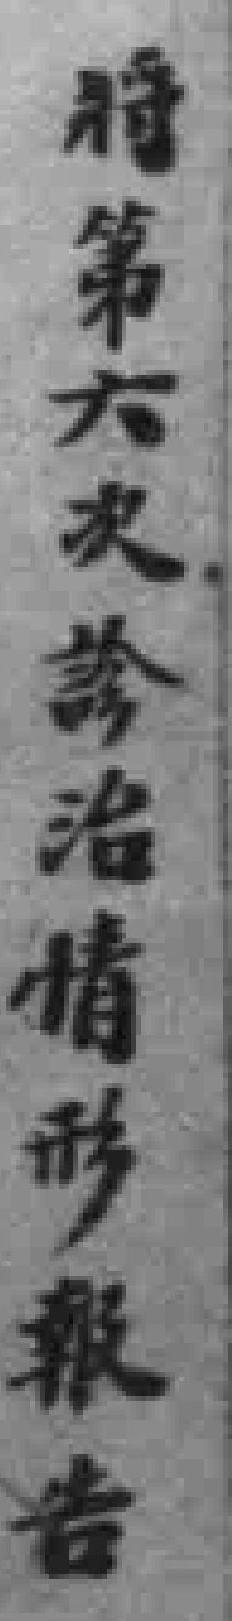
腊第大火诊治情形粮告